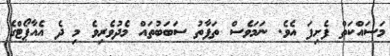
މަސައްކަތް ފެށިފަ އެވެ. ނަމަވެސް ތަފާތު ސަބަބުތައް މެދުވެރިވެ މި ދެ އެއާޕޯޓްގެ